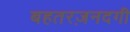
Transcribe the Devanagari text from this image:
बहतरज़नदगी